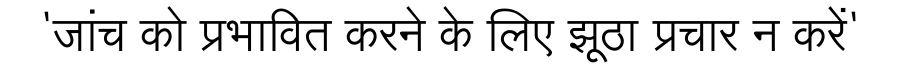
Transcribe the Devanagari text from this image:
'जांच को प्रभावित करने के लिए झूठा प्रचार न करें'